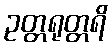
ဥတ္တရုတ္တရိ